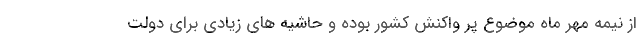
از نیمه مهر ماه موضوع پر واکنش کشور بوده و حاشیه های زیادی برای دولت